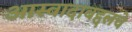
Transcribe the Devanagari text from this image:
आस्वादाबद्दलचे